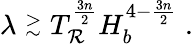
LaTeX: \lambda\stackrel{>}{_\sim}T_{\mathcal{R}}^{\frac{{3n}}{{2}}}H_{b}^{4-\frac{{3n}}{{2}}}\; .